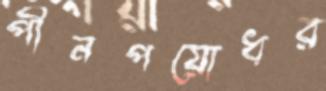
পীনপয়োধর